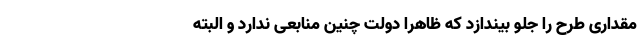
مقداری طرح را جلو بیندازد که ظاهرا دولت چنین منابعی ندارد و البته